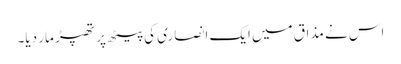
اس نے مذاق میں ایک انصاری کی پیٹھ پر تھپڑ مار دیا۔